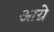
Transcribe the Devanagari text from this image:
आय्रे